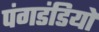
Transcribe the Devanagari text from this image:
पंगडंडियों